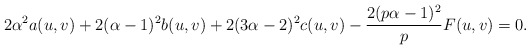
\begin{align*}2\alpha^{2}a(u,v)+2(\alpha-1)^{2}b(u,v)+2(3\alpha-2)^{2}c(u,v)-\frac{2(p\alpha-1)^{2}}{p}F(u,v)=0.\end{align*}